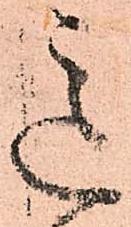
意